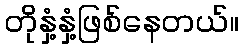
တိုနှံ့နှံ့ဖြစ်နေတယ်။